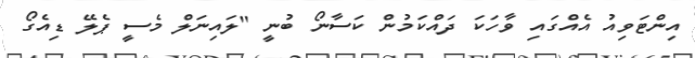
އިންޓަވިއު އެއްގައި ވާހަކަ ދައްކަމުން ކަސާނޯ ބުނީ "ލައިނަލް މެސީ ޕެލޭ ޑިއެގޯ